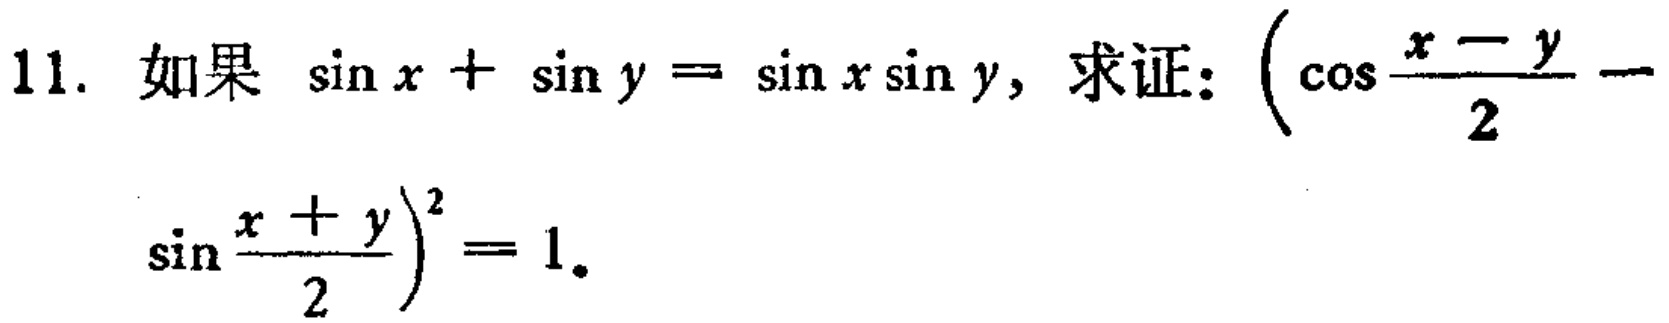
11. 如果 \(\sin x+\sin y = \sin x\sin y\)，求证：\(\left(\cos\frac{x - y}{2}-\sin\frac{x + y}{2}\right)^2 = 1\)。